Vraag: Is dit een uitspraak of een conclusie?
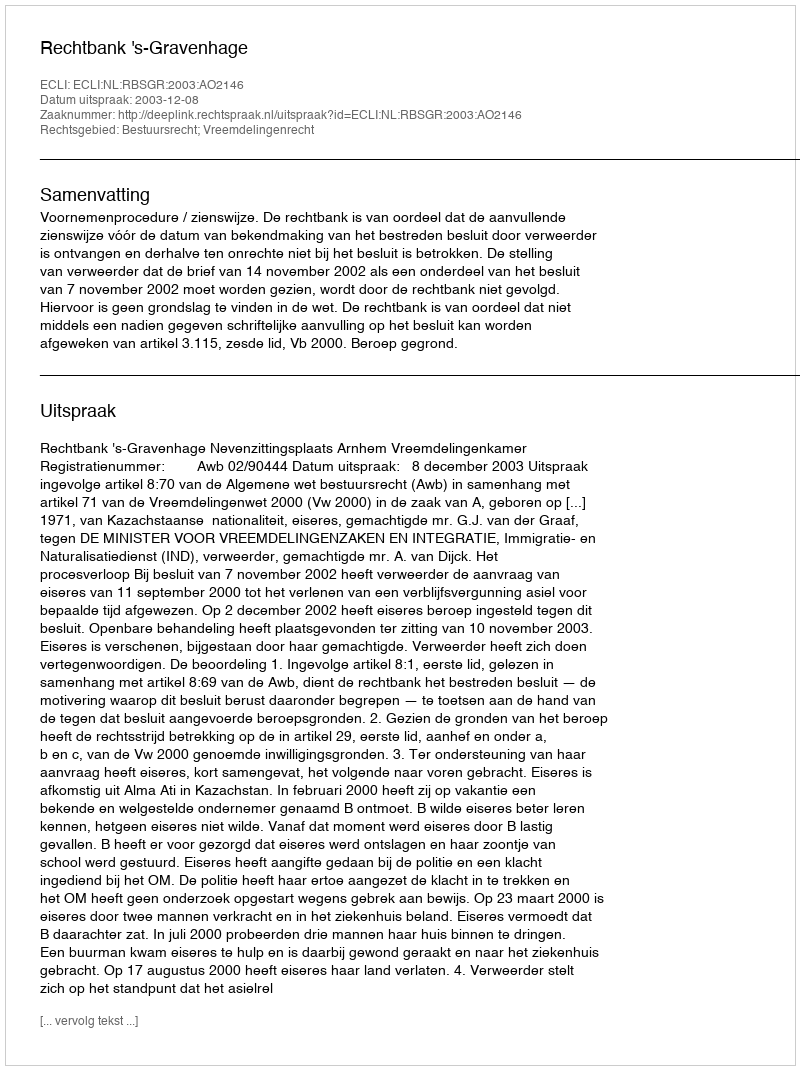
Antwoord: Uitspraak